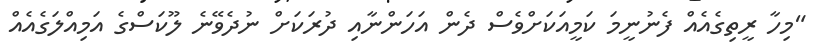
"މިހާ ރީތިގެއެއް ފެނުނީމަ ކަމީއަކަށްވެސް ދެން އަހަންނާއި ދުރަކަށް ނުދެވޭނެ ލޫކަސްގެ އަމިއްލަގެއެއް